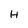
Character: H